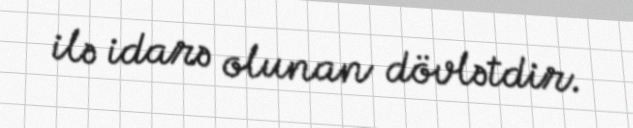
ilə idarə olunan dövlətdir.